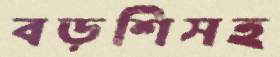
বড়শিসহ